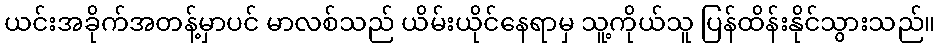
ယင်းအခိုက်အတန့်မှာပင် မာလစ်သည် ယိမ်းယိုင်နေရာမှ သူ့ကိုယ်သူ ပြန်ထိန်းနိုင်သွားသည်။